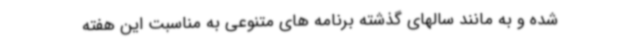
شده و به مانند سالهای گذشته برنامه های متنوعی به مناسبت این هفته